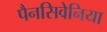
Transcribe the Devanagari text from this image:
पैनसिवेनिया